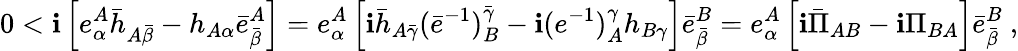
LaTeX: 0<\mathbf{i}\left[e_{\alpha}^{A}\bar{{h}}_{A\bar{{\beta}}}-h_{A\alpha}\bar{{e}}_{\bar{{\beta}}}^{A}\right]=e_{\alpha}^{A}\left[\mathbf{i}\bar{{h}}_{A\bar{{\gamma}}}(\bar{{e}}^{-1})_{B}^{\bar{{\gamma}}}-\mathbf{i}(e^{-1})_{A}^{\gamma}h_{B\gamma}\right]\bar{{e}}_{\bar{{\beta}}}^{B}=e_{\alpha}^{A}\left[\mathbf{i}\bar{{\Pi}}_{AB}-\mathbf{i}\Pi_{BA}\right]\bar{{e}}_{\bar{{\beta}}}^{B}\ ,